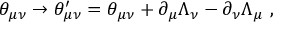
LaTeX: \theta _ { \mu \nu } \rightarrow \theta _ { \mu \nu } ^ { \prime } = \theta _ { \mu \nu } + \partial _ { \mu } \Lambda _ { \nu } - \partial _ { \nu } \Lambda _ { \mu } ~ ,